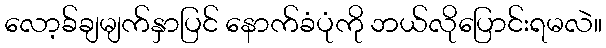
လော့ခ်ချမျက်နှာပြင် နောက်ခံပုံကို ဘယ်လိုပြောင်းရမလဲ။